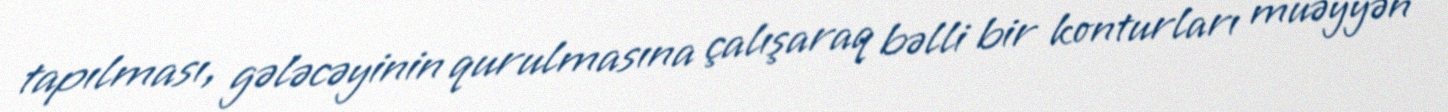
tapılması, gələcəyinin qurulmasına çalışaraq bəlli bir konturları müəyyən